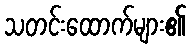
သတင်းထောက်များ၏